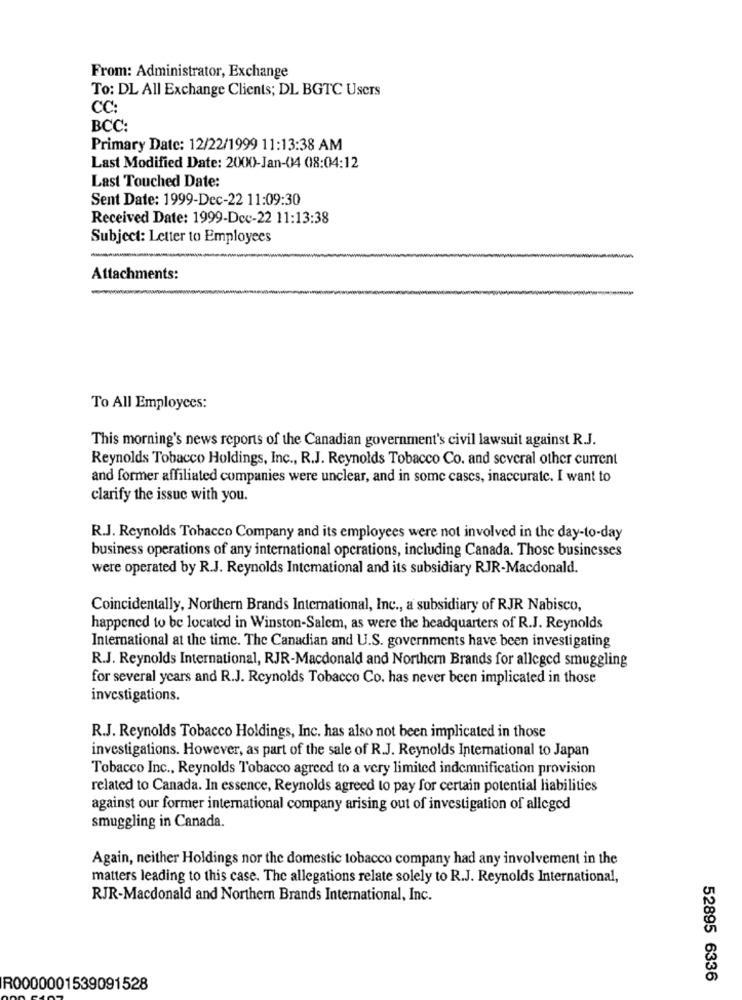
From: Administrator, Exchange
To: DL All Exchange Clients; DL BGTC Users
CC:
BCC:
Primary Date: 12/22/1999 11:13:38 AM
Last Modified Date: 2000-Jan-04 08:04:12
Last Touched Date:
Sent Date: 1999-Dec-22 11:09:30
Received Date: 1999-Dec-22 11:13:38
Subject: Letter to Employees
Attachments:
To All Employees:
This morning's news reports of the Canadian government's civil lawsuit against R.J.
Reynolds Tobacco Holdings, Inc ., R.J. Reynolds Tobacco Co. and several other current
and former affiliated companies were unclear, and in some cases, inaccurate. I want to
clarify the issue with you.
R.J. Reynolds Tobacco Company and its employees were not involved in the day-to-day
business operations of any international operations, including Canada. Those businesses
were operated by R.J. Reynolds Intemational and its subsidiary RJR-Macdonald.
Coincidentally, Northern Brands International, Inc ., a subsidiary of RJR Nabisco,
happened to be located in Winston-Salem, as were the headquarters of R.J. Reynolds
International at the time. The Canadian and U.S. governments have been investigating
R.J. Reynolds International, RJR-Macdonald and Northern Brands for alleged smuggling
for several years and R.J. Reynolds Tobacco Co. has never been implicated in those
investigations.
R.J. Reynolds Tobacco Holdings, Inc. has also not been implicated in those
investigations. However, as part of the sale of R.J. Reynolds International to Japan
Tobacco Inc ., Reynolds Tobacco agreed to a very limited indemnification provision
related to Canada. In essence, Reynolds agreed to pay for certain potential liabilities
against our former international company arising out of investigation of alleged
smuggling in Canada.
Again, neither Holdings nor the domestic tobacco company had any involvement in the
matters leading to this case. The allegations relate solely to R.J. Reynolds International,
RJR-Macdonald and Northern Brands International, Inc.
52895 6336
R0000001539091528